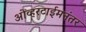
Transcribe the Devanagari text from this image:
ओव्हरटाईमनंतर